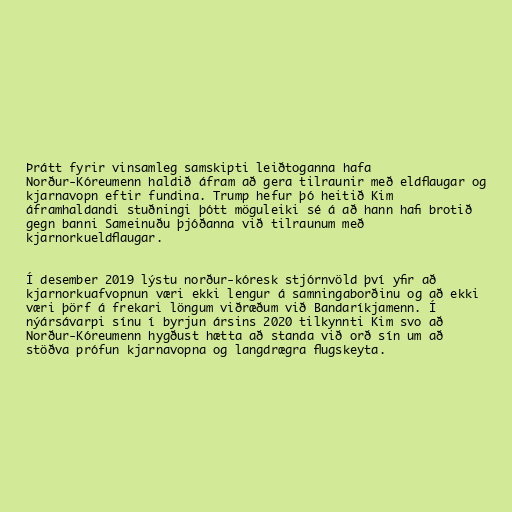
Þrátt fyrir vinsamleg samskipti leiðtoganna hafa
Norður-Kóreumenn haldið áfram að gera tilraunir með eldflaugar og
kjarnavopn eftir fundina. Trump hefur þó heitið Kim
áframhaldandi stuðningi þótt möguleiki sé á að hann hafi brotið
gegn banni Sam­einuðu þjóðanna við til­raun­um með
kjarn­orku­eld­flaug­ar.

Í desember 2019 lýstu norður-kóresk stjórnvöld því yfir að
kjarnorkuafvopnun væri ekki lengur á samningaborðinu og að ekki
væri þörf á frekari löngum viðræðum við Bandaríkjamenn. Í
nýársávarpi sínu í byrjun ársins 2020 tilkynnti Kim svo að
Norður-Kóreumenn hygðust hætta að standa við orð sín um að
stöðva próf­un kjarna­vopna og lang­drægra flug­skeyta.